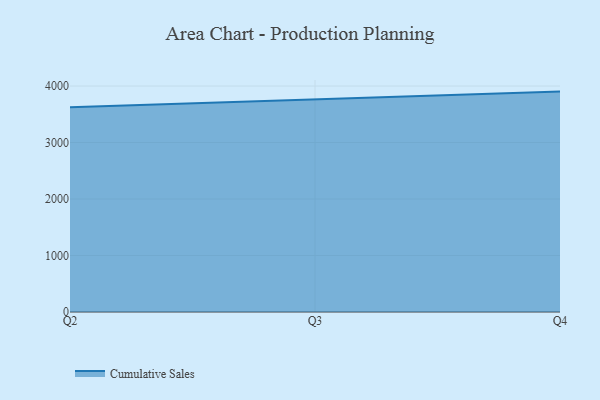
{"axis": {"x": "Quarter", "y": "Backlog"}, "legend": ["Cumulative Sales"], "data": [{"x": "Q2", "y": 3624.3, "type": "Cumulative Sales"}, {"x": "Q3", "y": 3761.4, "type": "Cumulative Sales"}, {"x": "Q4", "y": 3901.6, "type": "Cumulative Sales"}]}